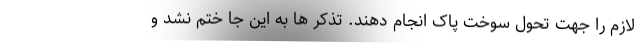
لازم را جهت تحول سوخت پاک انجام دهند. تذکر ها به این جا ختم نشد و